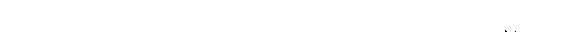
စစ်ကိုင်းမြို့ဘက်မှ သွားရောက်ယှဉ်ပြိုင်ရမည်ဖြစ်ပြီး စံပယ်ပန်းတို့ဖြင့် အောင်နန်းရိပ်သာ